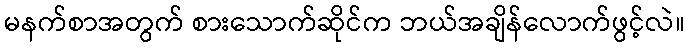
မနက်စာအတွက် စားသောက်ဆိုင်က ဘယ်အချိန်လောက်ဖွင့်လဲ။